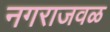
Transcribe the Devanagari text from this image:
नगराजवळ